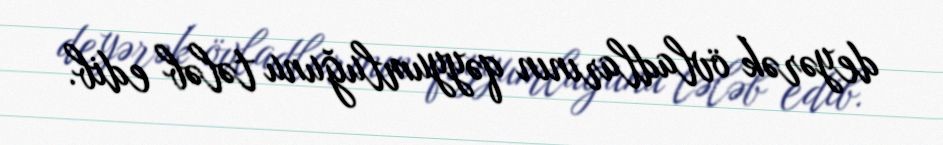
deyərək övladlarının qəyyumluğunu tələb edib.